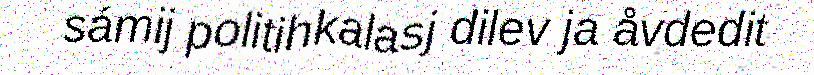
sámij politihkalasj dilev ja åvdedit